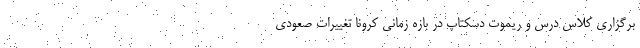
برگزاری کلاس درس و ریموت دسکتاپ در بازه زمانی کرونا تغییرات صعودی